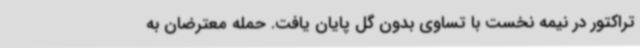
تراکتور در نیمه نخست با تساوی بدون گل پایان یافت. حمله‌ معترضان به